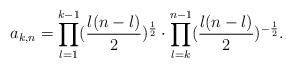
LaTeX: \begin{align*}a_{k,n}=\prod_{l=1}^{k-1}(\frac{l(n-l)}{2})^{\frac{1}{2}}\cdot \prod_{l=k}^{n-1}(\frac{l(n-l)}{2})^{-\frac{1}{2}}.\end{align*}